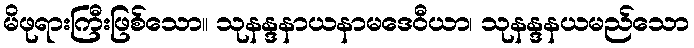
မိဖုရားကြီးဖြစ်သော။ သုနန္ဒနာယနာမဒေဝီယာ၊ သုနန္ဒနယမည်သော